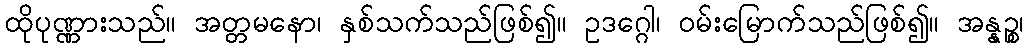
ထိုပုဏ္ဏားသည်။ အတ္တမနော၊ နှစ်သက်သည်ဖြစ်၍။ ဥဒဂ္ဂေါ၊ ဝမ်းမြောက်သည်ဖြစ်၍။ အန္နဉ္စ၊